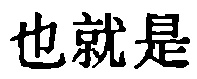
也就是